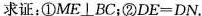
求证：①ME\bot BC；②$$D E = D N$$.